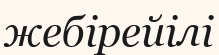
жебірейілі